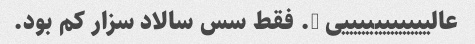
عالیییییییییییی …. فقط سس سالاد سزار کم بود.